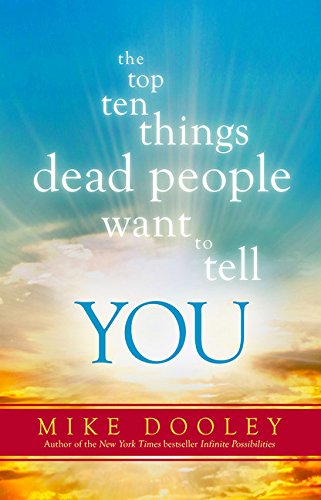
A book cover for The Top Ten Things Dead People Want to Tell YOU; Mike Dooley; Humor & Entertainment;